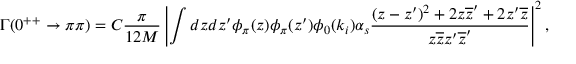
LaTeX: \Gamma ( 0 ^ { + + } \rightarrow \pi \pi ) = C \frac { \pi } { 1 2 M } \left| \int d z d z ^ { \prime } \phi _ { \pi } ( z ) \phi _ { \pi } ( z ^ { \prime } ) \phi _ { 0 } ( k _ { i } ) \alpha _ { s } \frac { ( z - z ^ { \prime } ) ^ { 2 } + 2 z \overline { { { z } } } ^ { \prime } + 2 z ^ { \prime } \overline { { { z } } } } { z \overline { { { z } } } z ^ { \prime } \overline { { { z } } } ^ { \prime } } \right| ^ { 2 } ,